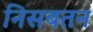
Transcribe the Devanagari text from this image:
निसबतन